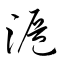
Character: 滬